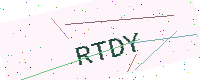
Text: RTDY